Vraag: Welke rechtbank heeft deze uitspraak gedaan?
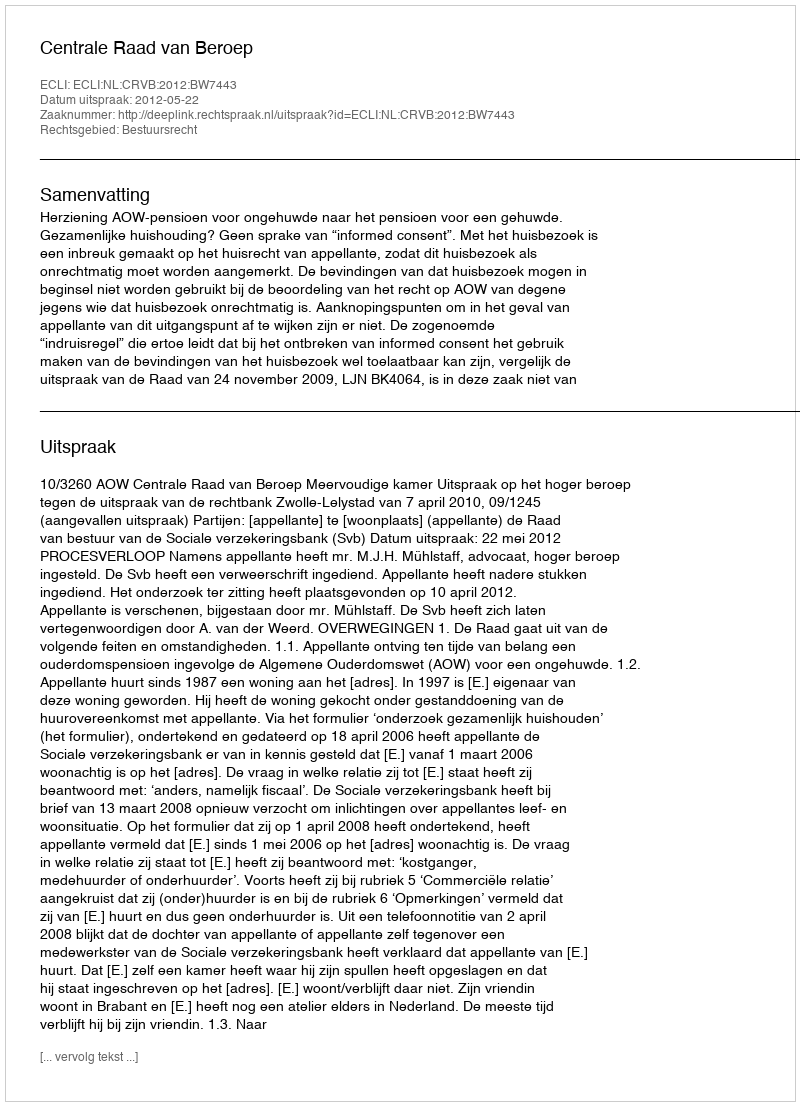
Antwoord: Centrale Raad van Beroep